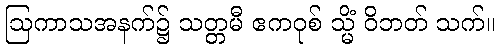
ဩကာသအနက်၌ သတ္တမီ ဧကဝုစ် သ္မိံ ဝိဘတ် သက်။